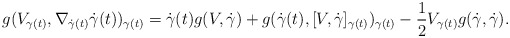
\begin{align*}g(V_{\gamma(t)},\nabla_{\dot{\gamma}(t)}\dot{\gamma}(t))_{\gamma(t)}=\dot{\gamma}(t)g(V,\dot{\gamma})+g(\dot{\gamma}(t),[V,\dot{\gamma}]_{\gamma(t)})_{\gamma(t)}-\frac{1}{2}V_{\gamma(t)}g(\dot{\gamma},\dot{\gamma}).\end{align*}